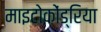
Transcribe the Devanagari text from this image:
माइटोकोंड्रिया